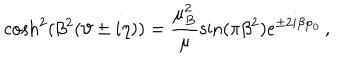
\cosh ^ { 2 } ( \beta ^ { 2 } ( \vartheta \pm i \eta ) ) = \frac { \mu _ { B } ^ { 2 } } { \mu } \sin ( \pi \beta ^ { 2 } ) e ^ { \pm 2 i \beta \varphi _ { 0 } } \, ,